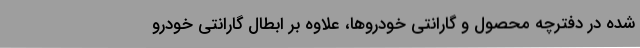
شده در دفترچه محصول و گارانتی خودروها، علاوه بر ابطال گارانتی خودرو